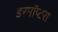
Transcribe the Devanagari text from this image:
डरमॉप्टरा